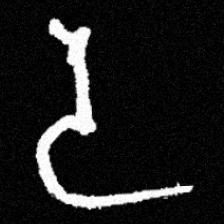
Pyu character \u2014 Myanmar letter: ဒ (romanized: da)